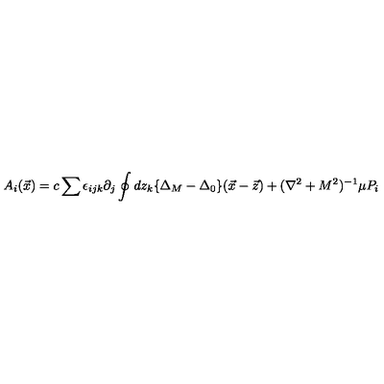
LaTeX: A _ { i } ( \vec { x } ) = c \sum \epsilon _ { i j k } \partial _ { j } \oint d z _ { k } \{ \Delta _ { M } - \Delta _ { 0 } \} ( \vec { x } - \vec { z } ) + ( \nabla ^ { 2 } + M ^ { 2 } ) ^ { - 1 } \mu P _ { i }